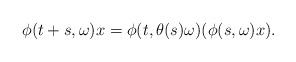
LaTeX: \begin{align*} \phi(t+s,\omega)x=\phi(t,\theta(s)\omega)(\phi(s,\omega)x). \end{align*}